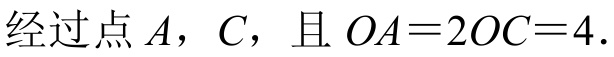
经过点\(A\)，\(C\)，且\(OA = 2OC = 4\).